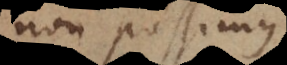
non possimus,